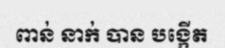
ពាន់ នាក់ បាន បង្កើត